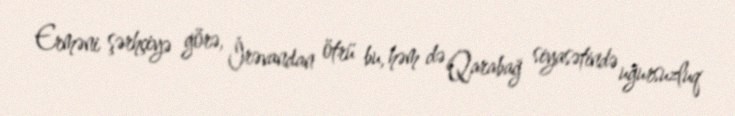
Erməni şərhçiyə görə, İrəvandan ötrü bu, həm də Qarabağ siyasətində uğursuzluq